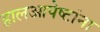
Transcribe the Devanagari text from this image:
हालआपेष्टांना